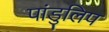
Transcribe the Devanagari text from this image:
पांडुलिप